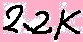
Text: 2.2K